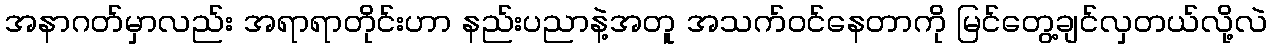
အနာဂတ်မှာလည်း အရာရာတိုင်းဟာ နည်းပညာနဲ့အတူ အသက်ဝင်နေတာကို မြင်တွေ့ချင်လှတယ်လို့လဲ